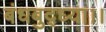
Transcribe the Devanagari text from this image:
बंधबुद्ध्या।।